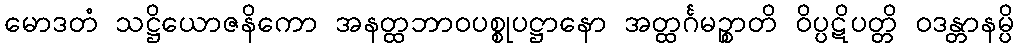
မောဒတံ သဋ္ဌိယောဇနိကော အနတ္ထဘာဝပစ္စုပဋ္ဌာနော အတ္ထင်္ဂမဉ္စာတိ ဝိပ္ပဋိပတ္တိ ဝဒန္တာနမ္ပိ